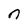
Character: n